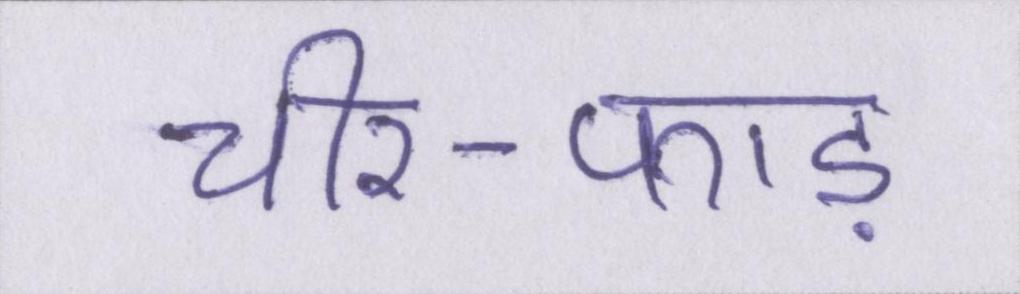
चीर-फाड़